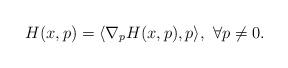
LaTeX: \begin{align*}H(x,p)= \langle \nabla_p H(x,p), p \rangle,\ \forall p \neq 0.\end{align*}